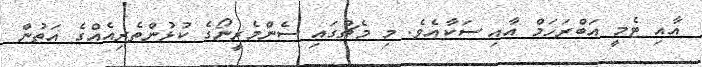
އާއި ޓެމީ އަބްރަހަމް އާއި ސަކާއެވެ. މި މެޗުގައި ސެންމެރީނޯގެ ކުޅުންތެރިއެއްގެ އަތުން